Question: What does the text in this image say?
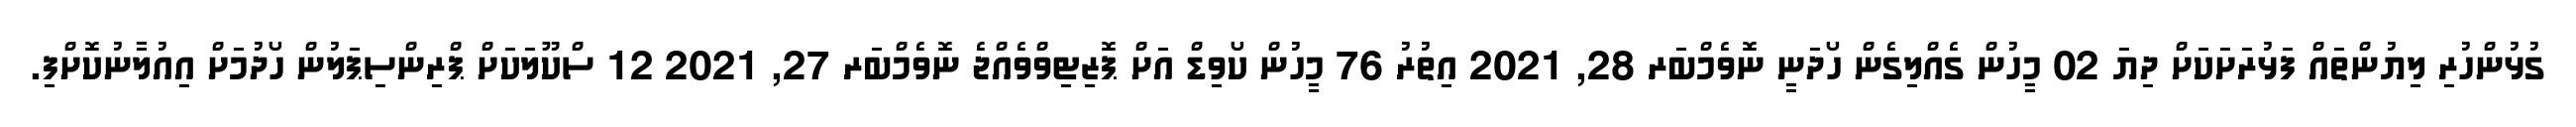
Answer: ގުޅުންހުރި ލިޔުންތައް ފަޅުރަށަކަށް ދިޔަ 02 މީހުން ގެއްލިގެން ހޯދަނީ ނޮވެމްބަރ 28, 2021 އިތުރު 76 މީހުން ކޯވިޑް އަށް ޕޮޒިޓިވްވެއްޖެ ނޮވެމްބަރ 27, 2021 12 ސްކޫލަކަށް ޕްރިންސިޕަލުން ހޯދުމަށް އިއުލާނުކޮށްފި.